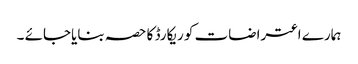
ہمارے اعتراضات کو ریکارڈ کا حصہ بنایاجائے ۔